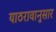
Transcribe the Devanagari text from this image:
याठरावानुसार